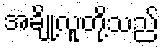
အချို့လူတို့သည်